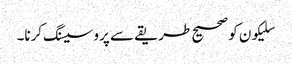
سلیکون کو صحیح طریقے سے پروسیسنگ کرنا۔